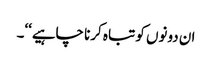
ان دونوں کو تباہ کرنا چاہیے‘‘۔